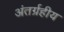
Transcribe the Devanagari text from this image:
अंतर्ग्रहीय